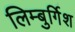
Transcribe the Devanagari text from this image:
लिम्बुर्गिश